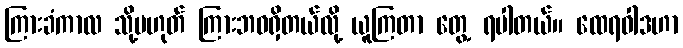
ကြားခံကာလ သို့မဟုတ် ကြားဘဝရှိတယ်လို့ ယူကြတာ တွေ့ ရပါတယ်။ ထေရဝါဒဟာ